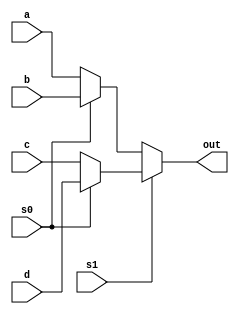
module MUX4x1 ( input [31:0]a,
				input [31:0]b,
				input [31:0]c,
				input [31:0]d,
				input s0,
				input s1, 
				output [31:0]out);
				
	assign out = s1 ? (s0 ? d : c) : (s0 ? b : a);
	
endmodule